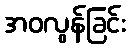
အဝလွန်ခြင်း